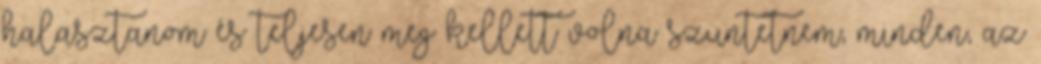
halasztanom és teljesen meg kellett volna szüntetnem, minden, az